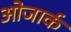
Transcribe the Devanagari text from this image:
ओजार्क